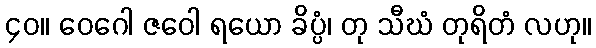
၄၀။ ဝေဂေါ ဇဝေါ ရယော ခိပ္ပံ၊ တု သီဃံ တုရိတံ လဟု။